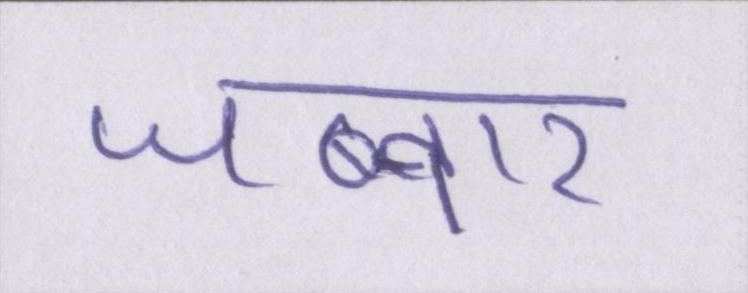
जब्बार